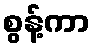
စွန့်ကာ